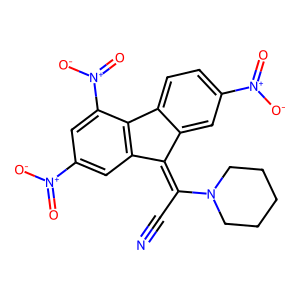
SMILES: N#CC(=C1c2cc([N+](=O)[O-])ccc2-c2c1cc([N+](=O)[O-])cc2[N+](=O)[O-])N1CCCCC1
Inhibits HIV replication: No